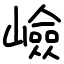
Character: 嶮